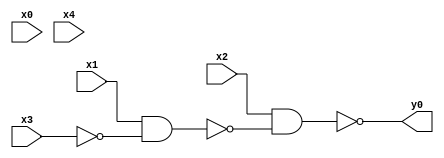
module top( x0 , x1 , x2 , x3 , x4 , y0 );
  input x0 , x1 , x2 , x3 , x4 ;
  output y0 ;
  wire n6 , n7 ;
  assign n6 = x1 & ~x3 ;
  assign n7 = x2 & ~n6 ;
  assign y0 = ~n7 ;
endmodule